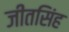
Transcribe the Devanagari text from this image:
जीतसिंह